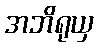
အဘိရုယှ